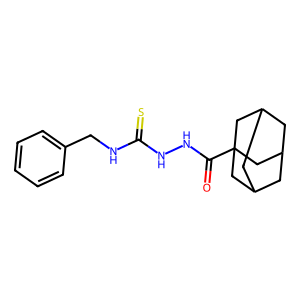
SMILES: O=C(NNC(=S)NCc1ccccc1)C12CC3CC(CC(C3)C1)C2
Inhibits HIV replication: No